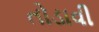
તોડાવી